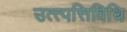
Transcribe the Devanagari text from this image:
उत्त्पत्तिविधि